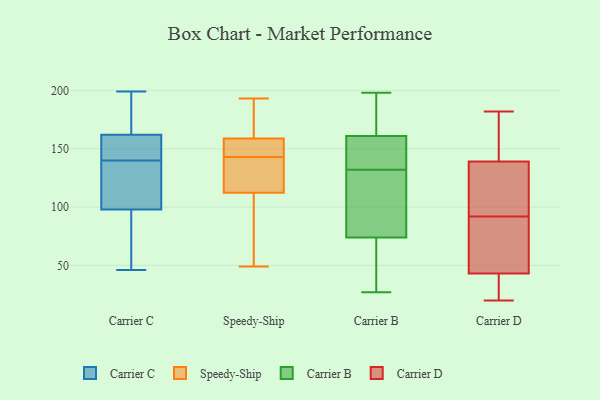
{"axis": {"x": "Operating Costs (USD K)", "y": "Value"}, "legend": ["Carrier B", "Carrier C", "Carrier D", "Speedy-Ship"], "data": [{"x": "", "y": 159, "type": "Carrier C"}, {"x": "", "y": 119, "type": "Carrier C"}, {"x": "", "y": 112, "type": "Carrier C"}, {"x": "", "y": 154, "type": "Carrier C"}, {"x": "", "y": 46, "type": "Carrier C"}, {"x": "", "y": 162, "type": "Carrier C"}, {"x": "", "y": 188, "type": "Carrier C"}, {"x": "", "y": 63, "type": "Carrier C"}, {"x": "", "y": 98, "type": "Carrier C"}, {"x": "", "y": 148, "type": "Carrier C"}, {"x": "", "y": 132, "type": "Carrier C"}, {"x": "", "y": 199, "type": "Carrier C"}, {"x": "", "y": 72, "type": "Carrier C"}, {"x": "", "y": 162, "type": "Carrier C"}, {"x": "", "y": 146, "type": "Speedy-Ship"}, {"x": "", "y": 143, "type": "Speedy-Ship"}, {"x": "", "y": 149, "type": "Speedy-Ship"}, {"x": "", "y": 162, "type": "Speedy-Ship"}, {"x": "", "y": 131, "type": "Speedy-Ship"}, {"x": "", "y": 78, "type": "Speedy-Ship"}, {"x": "", "y": 193, "type": "Speedy-Ship"}, {"x": "", "y": 162, "type": "Speedy-Ship"}, {"x": "", "y": 49, "type": "Speedy-Ship"}, {"x": "", "y": 137, "type": "Speedy-Ship"}, {"x": "", "y": 106, "type": "Speedy-Ship"}, {"x": "", "y": 197, "type": "Carrier B"}, {"x": "", "y": 42, "type": "Carrier B"}, {"x": "", "y": 27, "type": "Carrier B"}, {"x": "", "y": 191, "type": "Carrier B"}, {"x": "", "y": 144, "type": "Carrier B"}, {"x": "", "y": 74, "type": "Carrier B"}, {"x": "", "y": 61, "type": "Carrier B"}, {"x": "", "y": 135, "type": "Carrier B"}, {"x": "", "y": 104, "type": "Carrier B"}, {"x": "", "y": 73, "type": "Carrier B"}, {"x": "", "y": 160, "type": "Carrier B"}, {"x": "", "y": 129, "type": "Carrier B"}, {"x": "", "y": 77, "type": "Carrier B"}, {"x": "", "y": 143, "type": "Carrier B"}, {"x": "", "y": 198, "type": "Carrier B"}, {"x": "", "y": 126, "type": "Carrier B"}, {"x": "", "y": 161, "type": "Carrier B"}, {"x": "", "y": 188, "type": "Carrier B"}, {"x": "", "y": 83, "type": "Carrier D"}, {"x": "", "y": 78, "type": "Carrier D"}, {"x": "", "y": 34, "type": "Carrier D"}, {"x": "", "y": 43, "type": "Carrier D"}, {"x": "", "y": 139, "type": "Carrier D"}, {"x": "", "y": 20, "type": "Carrier D"}, {"x": "", "y": 109, "type": "Carrier D"}, {"x": "", "y": 182, "type": "Carrier D"}, {"x": "", "y": 131, "type": "Carrier D"}, {"x": "", "y": 39, "type": "Carrier D"}, {"x": "", "y": 168, "type": "Carrier D"}, {"x": "", "y": 44, "type": "Carrier D"}, {"x": "", "y": 101, "type": "Carrier D"}, {"x": "", "y": 163, "type": "Carrier D"}]}